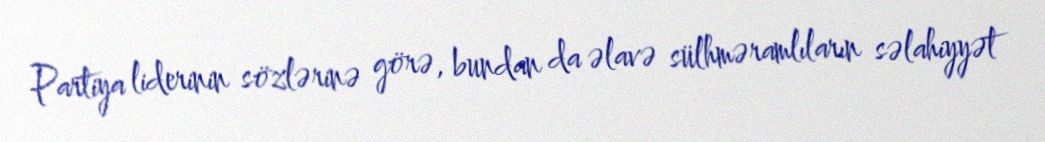
Partiya liderinin sözlərinə görə, bundan da əlavə sülhməramlıların səlahiyyət